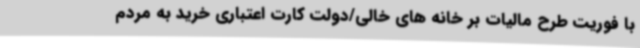
با فوریت طرح مالیات بر خانه های خالی/دولت کارت اعتباری خرید به مردم